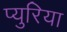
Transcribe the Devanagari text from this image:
प्युरिया